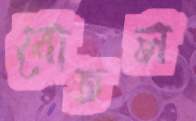
বোতল